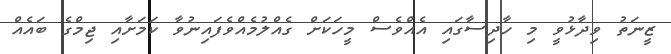
ޒީނަތު ވިދާޅުވީ މި ހާދިސާގައި އެއްވެސް މީހަކަށް ގެއްލުމެއްވެފައިނުވާ ކަމަށާއި ޖިމްގެ ބައެއް